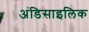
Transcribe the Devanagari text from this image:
अंडिसाइलिक